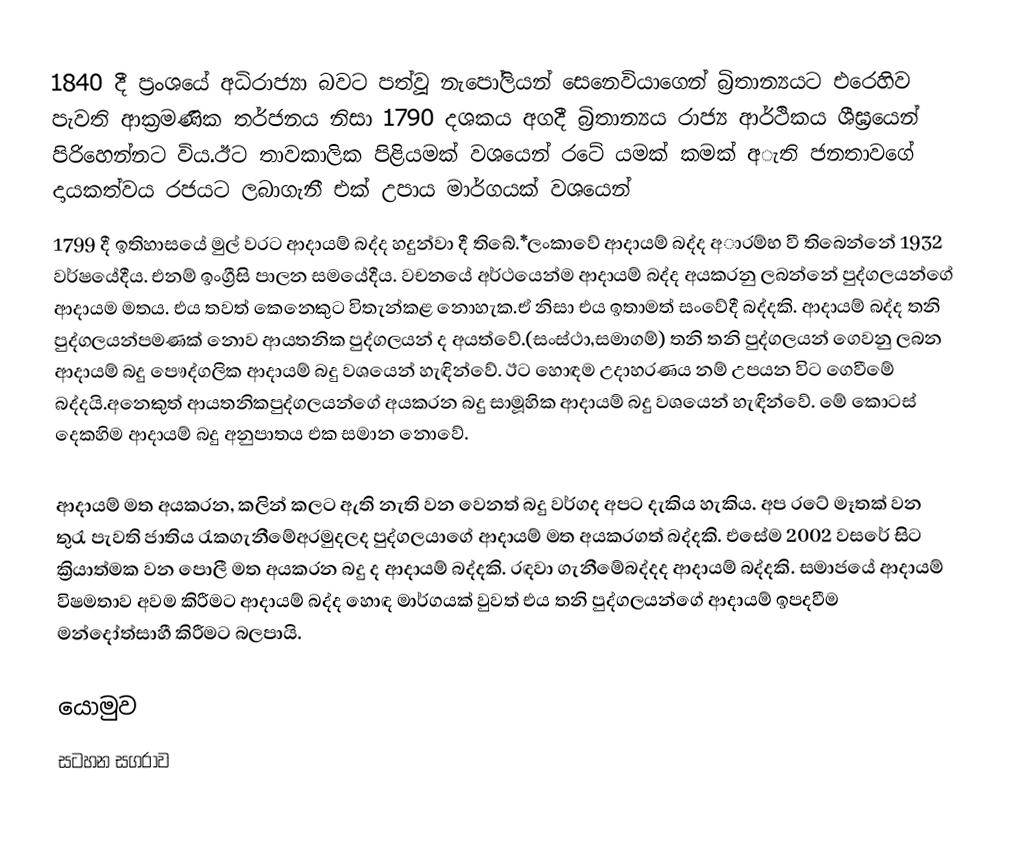
1840 දී ප්‍රංශයේ අධිරාජ්‍යා බවට පත්වූ නැපෝලියන් සෙනෙවියාගෙන් බ්‍රිතාන්‍යයට එරෙහිව පැවති ආක්‍රමණික තර්ජනය නිසා 1790 දශකය අගදී බ්‍රිතාන්‍යය  රාජ්‍ය ආර්ථිකය ශීඝ්‍රයෙන් පිරිහෙන්නට විය.ඊට තාවකාලික පිළියමක් වශයෙන් රටේ යමක් කමක් අැති ජනතාවගේ දායකත්වය රජයට ලබාගැනී එක් උපාය මාර්ගයක් වශයෙන්
1799 දී ඉතිහාසයේ මුල් වරට ආදායම් බද්ද හදුන්වා දී තිබේ.*ලංකාවේ ආදායම් බද්ද අාරම්භ වී තිබෙන්නේ 1932 වර්ෂයේදීය. එනම් ඉංග්‍රීසි පාලන සමයේදීය. වචනයේ අර්ථයෙන්ම ආදායම් බද්ද අයකරනු ලබන්නේ පුද්ගලයන්ගේ ආදායම මතය. එය තවත් කෙනෙකුට විතැන්කළ නොහැක.ඒ නිසා එය ඉතාමත් සංවේදී බද්දකි. ආදායම් බද්ද තනි පුද්ගලයන්පමණක් නොව  ආයතනික පුද්ගලයන් ද අයත්වේ.(සංස්ථා,සමාගම්) තනි තනි පුද්ගලයන් ගෙවනු ලබන ආදායම් බදු පෞද්ගලික ආදායම් බදු වශයෙන් හැඳින්වේ. ඊට හොඳම උදාහරණය නම් උපයන විට ගෙවීමේ බද්දයි.අනෙකුත් ආයතනිකපුද්ගලයන්ගේ අයකරන බදු සාමූහික ආදායම් බදු වශයෙන් හැඳින්වේ. මේ කොටස් දෙකහිම  ආදායම් බදු අනුපාතය එක සමාන නොවේ.

ආදායම් මත අයකරන, කලින් කලට ඇති නැති වන වෙනත් බදු වර්ගද අපට දැකිය හැකිය.  අප රටේ මෑතක් වන තුරැ පැවති ජාතිය රැකගැනීමේඅරමුදලද පුද්ගලයාගේ  ආදායම් මත අයකරගත්  බද්දකි. එසේම 2002 වසරේ සිට ක්‍රියාත්මක වන පොලී මත අයකරන බදු ද  ආදායම් බද්දකි. රඳවා ගැනීමේබද්දද ආදායම් බද්දකි. සමාජයේ ආදායම් විෂමතාව අවම කිරීමට ආදායම් බද්ද හොඳ මාර්ගයක් වුවත් එය තනි පුද්ගලයන්ගේ ආදායම් ඉපදවීම මන්දෝත්සාහී කිරීමට බලපායි.

යොමුව
 සටහන සගරාව